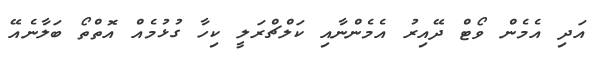
އަދި އެމެން ވޯޓް ދޭއިރު އެމެންނާއި ކަލްޗްރަލީ ކިހާ ގުޅުމެއް އޮތްތޯ ބަލާނެއޭ